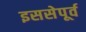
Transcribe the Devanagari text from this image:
इससेपूर्व